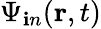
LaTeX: {\Psi}_{\mathbf{i}n}(\textbf{{r}},t)